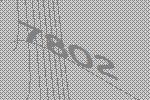
7802